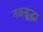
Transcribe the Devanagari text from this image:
नळसुद्धा